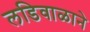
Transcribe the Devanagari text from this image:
लडिवाळाने